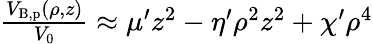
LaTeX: \begin{array}{r}{\frac{V_{{\mathrm{B,p}}}(\rho,z)}{V_{0}}\approx\mu^{\prime}z^{2}-\eta^{\prime}\rho^{2}z^{2}+\chi^{\prime}\rho^{4}}\end{array}